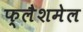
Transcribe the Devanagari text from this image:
फ्लैशमेल